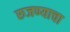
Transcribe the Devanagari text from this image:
रुजण्याचा